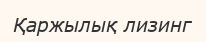
Қаржылық лизинг